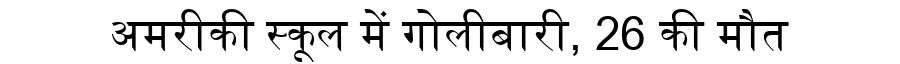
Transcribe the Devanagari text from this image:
अमरीकी स्कूल में गोलीबारी, 26 की मौत